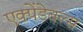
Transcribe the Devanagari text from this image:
एक्पेंडेबल्स